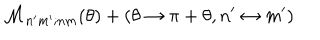
{ \cal M } _ { n ^ { \prime } m ^ { \prime } ; n m } ( \theta ) + ( \theta \rightarrow \pi + \theta , n ^ { \prime } \leftrightarrow m ^ { \prime } )